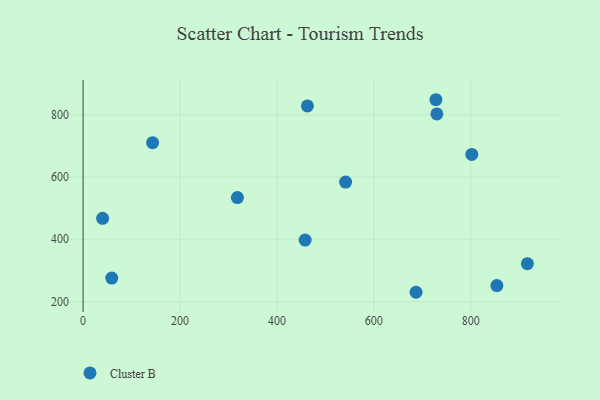
{"axis": {"x": "Price", "y": "Yield"}, "legend": ["Cluster B"], "data": [{"x": "687.2", "y": 229.9, "type": "Cluster B"}, {"x": "728.2", "y": 848.1, "type": "Cluster B"}, {"x": "59.1", "y": 275.5, "type": "Cluster B"}, {"x": "40.3", "y": 467.4, "type": "Cluster B"}, {"x": "917.0", "y": 321.6, "type": "Cluster B"}, {"x": "143.4", "y": 710.1, "type": "Cluster B"}, {"x": "730.2", "y": 802.6, "type": "Cluster B"}, {"x": "463.0", "y": 828.2, "type": "Cluster B"}, {"x": "802.3", "y": 672.4, "type": "Cluster B"}, {"x": "854.1", "y": 251.3, "type": "Cluster B"}, {"x": "458.3", "y": 397.5, "type": "Cluster B"}, {"x": "541.8", "y": 583.6, "type": "Cluster B"}, {"x": "318.5", "y": 533.9, "type": "Cluster B"}]}